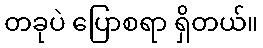
တခုပဲ ပြောစရာ ရှိတယ်။